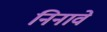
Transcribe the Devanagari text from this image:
निनावे